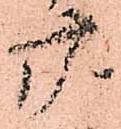
廿